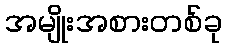
အမျိုးအစားတစ်ခု